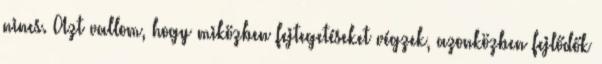
nincs. Azt vallom, hogy miközben fejtegetéseket végzek, azonközben fejlődők